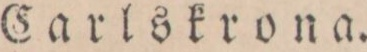
Carlskrona.